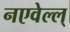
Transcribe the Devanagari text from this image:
नएवेल्ल्